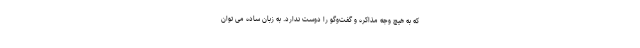
که به هیچ وجه مذاکره و گفت‌وگو را دوست ندارد. به زبان ساده می‌ توان